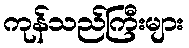
ကုန်သည်ကြီးများ